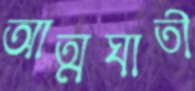
আত্মঘাতী